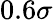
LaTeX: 0.6\sigma